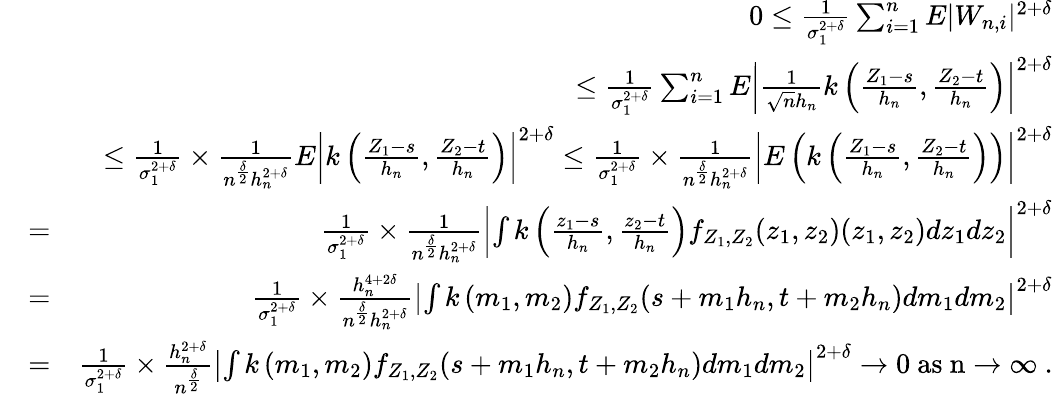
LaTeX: \begin{array}{rlr}&{}&{0\leq\frac{1}{\sigma_{1}^{2+\delta}}\sum_{i=1}^{n}E|W_{n,i}|^{2+\delta}}\\ &{}&{\leq\frac{1}{\sigma_{1}^{2+\delta}}\sum_{i=1}^{n}E\left|\frac{1}{\sqrt{n}h_{n}}k\left(\frac{Z_{1}-s}{h_{n}},\frac{Z_{2}-t}{h_{n}}\right)\right|^{2+\delta}}\\ &{}&{\leq\frac{1}{\sigma_{1}^{2+\delta}}\times\frac{1}{n^{\frac{\delta}{2}}h_{n}^{2+\delta}}E\left|k\left(\frac{Z_{1}-s}{h_{n}},\frac{Z_{2}-t}{h_{n}}\right)\right|^{2+\delta}\leq\frac{1}{\sigma_{1}^{2+\delta}}\times\frac{1}{n^{\frac{\delta}{2}}h_{n}^{2+\delta}}\left|E\left(k\left(\frac{Z_{1}-s}{h_{n}},\frac{Z_{2}-t}{h_{n}}\right)\right)\right|^{2+\delta}}\\ &{=}&{\frac{1}{\sigma_{1}^{2+\delta}}\times\frac{1}{n^{\frac{\delta}{2}}h_{n}^{2+\delta}}\left|\int k\left(\frac{z_{1}-s}{h_{n}},\frac{z_{2}-t}{h_{n}}\right)f_{Z_{1},Z_{2}}(z_{1},z_{2})(z_{1},z_{2})dz_{1}dz_{2}\right|^{2+\delta}}\\ &{=}&{\frac{1}{\sigma_{1}^{2+\delta}}\times\frac{h_{n}^{4+2\delta}}{n^{\frac{\delta}{2}}h_{n}^{2+\delta}}\left|\int k\left(m_{1},m_{2}\right)f_{Z_{1},Z_{2}}(s+m_{1}h_{n},t+m_{2}h_{n})dm_{1}dm_{2}\right|^{2+\delta}}\\ &{=}&{\frac{1}{\sigma_{1}^{2+\delta}}\times\frac{h_{n}^{2+\delta}}{n^{\frac{\delta}{2}}}\left|\int k\left(m_{1},m_{2}\right)f_{Z_{1},Z_{2}}(s+m_{1}h_{n},t+m_{2}h_{n})dm_{1}dm_{2}\right|^{2+\delta}\rightarrow 0~\mathrm{as~n\rightarrow\infty~.}}\end{array}